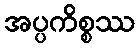
အပ္ပကိစ္စဿ